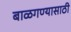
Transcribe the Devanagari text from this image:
बाळगण्यासाठी